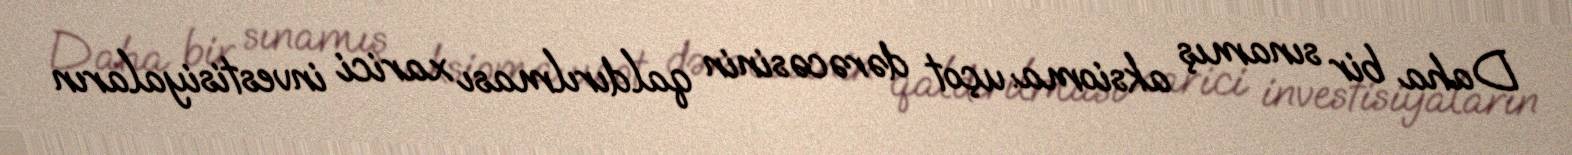
Daha bir sınamış aksioma: uçot dərəcəsinin qaldırılması xarici investisiyaların